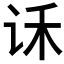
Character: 𰵝